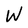
Character: W